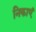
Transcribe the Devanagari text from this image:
निकाएं